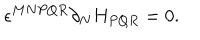
LaTeX: \epsilon ^ { M N P Q R } \partial _ { N } H _ { P Q R } = 0 .